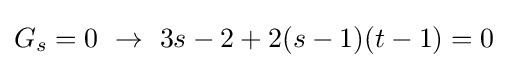
G_{s}=0\ \rightarrow \ 3s-2+2(s-1)(t-1)=0\;